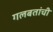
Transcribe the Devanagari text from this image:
गलबतांची